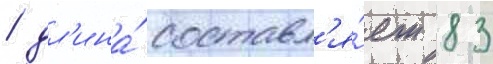
/ дл'ина́ составл'я́ет 83